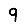
Digit: 9